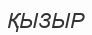
ҚЫЗЫР